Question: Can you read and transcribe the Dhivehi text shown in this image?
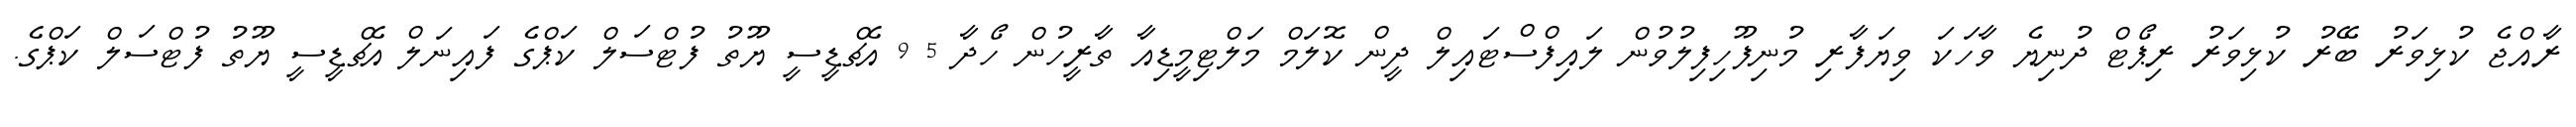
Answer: ރާއްޖެ ކުޅިވަރު ބޭރު ކުޅިވަރު ރިޕޯޓް ދުނިޔެ ވާހަކަ ވިޔަފާރި މުނިފޫހިފިލުވުން ލައިފްސްޓައިލް ދީން ކޮލަމް މަލްޓިމީޑިއާ ތާރީހުން ހޯދާ 5 9 އެޗްޑީސީ ޔޫތު ފުޓްސަލް ކަޕްގެ ފައިނަލް އެޗްޑީސީ ޔޫތު ފުޓްސަލް ކަޕްގެ.